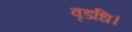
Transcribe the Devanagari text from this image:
वृडधि।